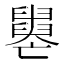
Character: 𦦦